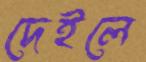
দেইলে